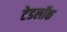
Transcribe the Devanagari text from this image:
टेडलॉक